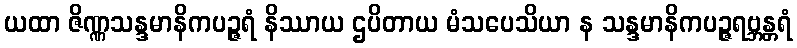
ယထာ ဇိဏ္ဏသန္ဒမာနိကပဉ္ဇရံ နိဿာယ ဌပိတာယ မံသပေသိယာ န သန္ဒမာနိကပဉ္ဇရဗ္ဘန္တရံ